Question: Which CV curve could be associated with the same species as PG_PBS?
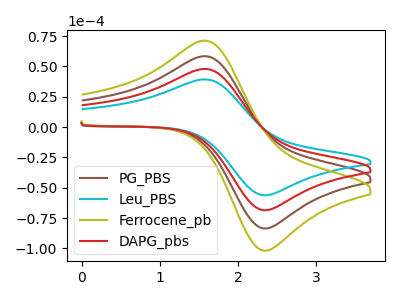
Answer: <think>The brown curve "PG_PBS" has an anodic peak at (1.60V, 95.75uA) and a cathodic peak at (2.35V, -137.00uA). The cyan curve "Leu_PBS" has an anodic peak at (1.60V, 39.25uA) and a cathodic peak at (2.35V, -56.20uA). The olive curve "Ferrocene_pb" has an anodic peak at (1.60V, 143.60uA) and a cathodic peak at (2.35V, -205.50uA). The red curve "DAPG_pbs" has an anodic peak at (1.60V, 47.85uA) and a cathodic peak at (2.35V, -68.50uA).
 All the peaks in "PG_PBS" have a peak in "Leu_PBS" at the same potential. Every peak in "PG_PBS" is higher than every peak in "Leu_PBS". All the peaks in "PG_PBS" have a peak in "Ferrocene_pb" at the same potential. Every peak in "PG_PBS" is lower than every peak in "Ferrocene_pb". All the peaks in "PG_PBS" have a peak in "DAPG_pbs" at the same potential. Every peak in "PG_PBS" is higher than every peak in "DAPG_pbs". All the peaks in "Leu_PBS" have a peak in "Ferrocene_pb" at the same potential. Every peak in "Leu_PBS" is lower than every peak in "Ferrocene_pb". All the peaks in "Leu_PBS" have a peak in "DAPG_pbs" at the same potential. Every peak in "Leu_PBS" is lower than every peak in "DAPG_pbs". All the peaks in "Ferrocene_pb" have a peak in "DAPG_pbs" at the same potential. Every peak in "Ferrocene_pb" is higher than every peak in "DAPG_pbs".</think>
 <answer>"PG_PBS", "Ferrocene_pb" and "DAPG_pbs" have a similar shape to "Leu_PBS".</answer>
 <eval>"PG_PBS" "Ferrocene_pb" "DAPG_pbs"</eval>